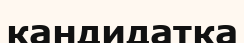
кандидатка